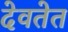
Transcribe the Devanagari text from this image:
देवतेत